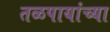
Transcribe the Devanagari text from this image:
तळपायांच्या